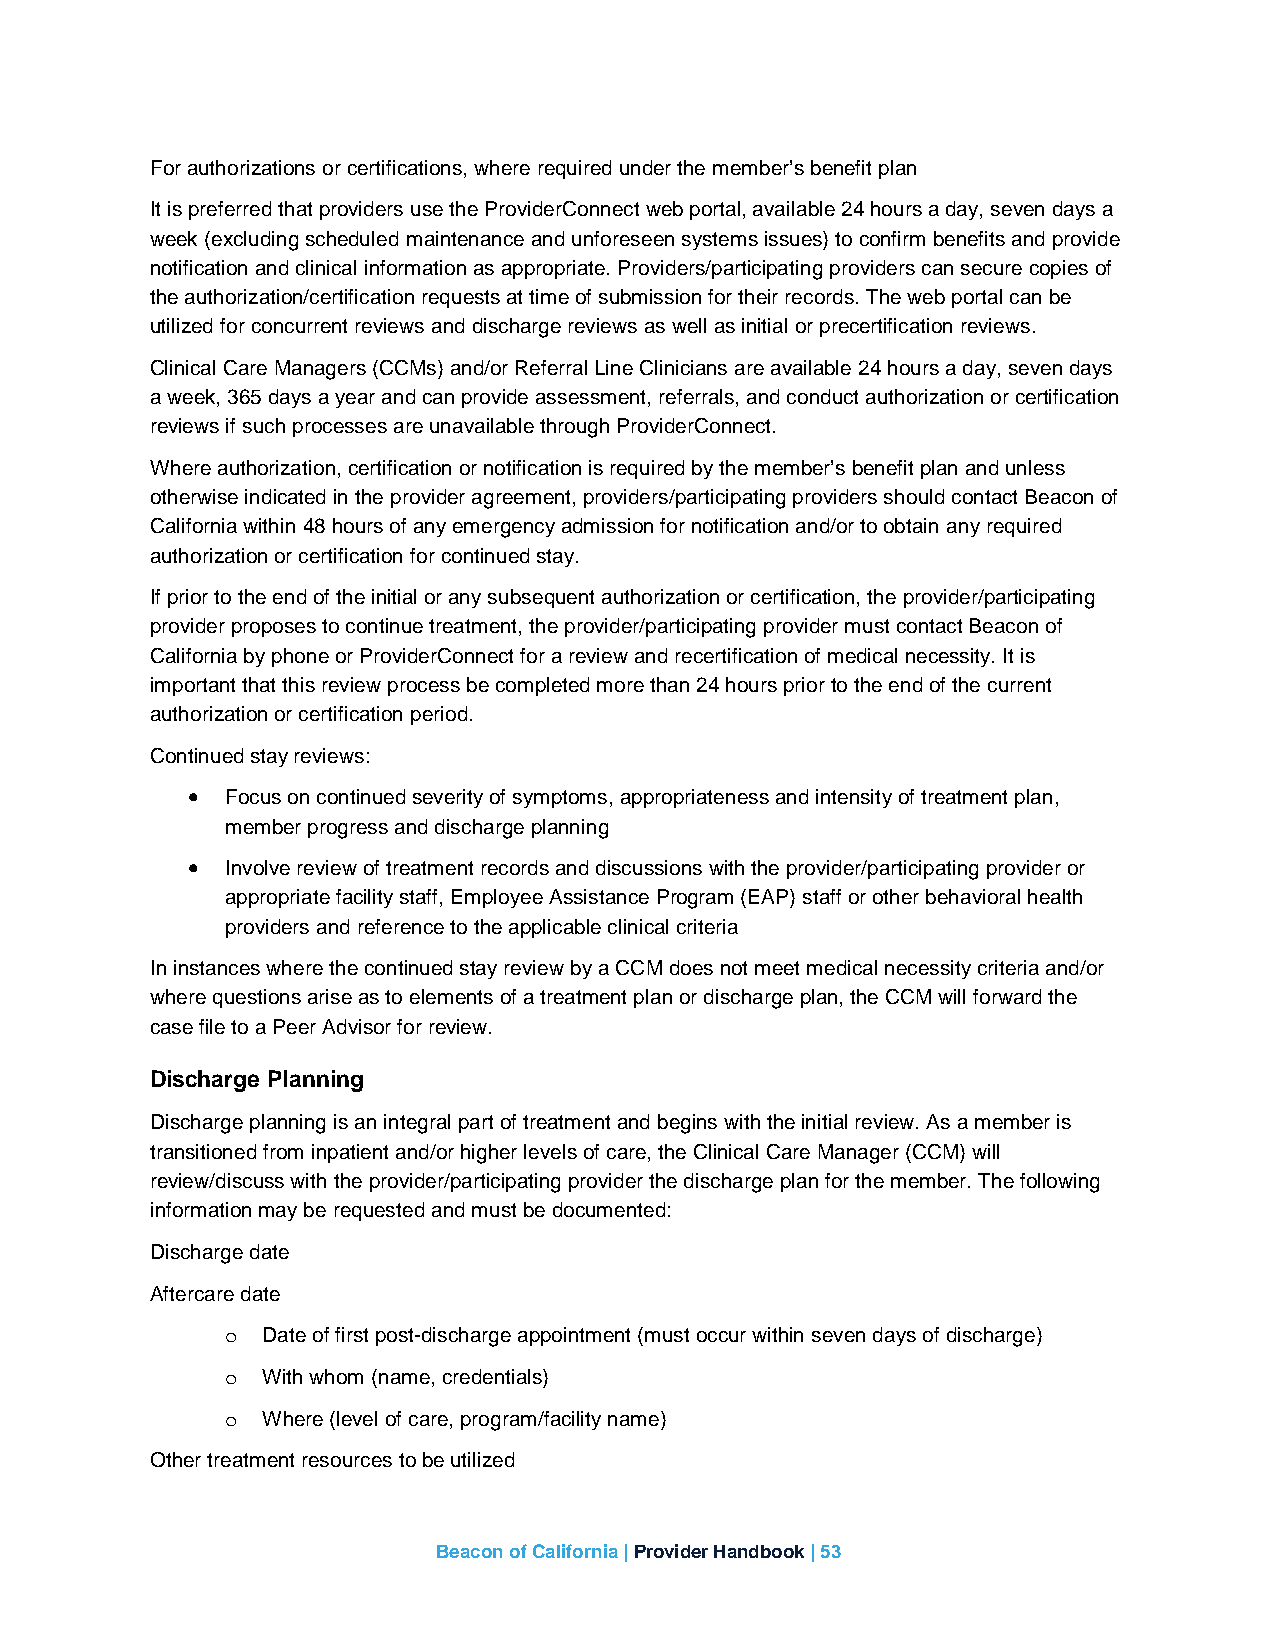
For authorizations or certifications, where required under the member’s benefit plan
 It is preferred that providers use the ProviderConnect web portal, available 24 hours a day, seven days a
 week (excluding scheduled maintenance and unforeseen systems issues) to confirm benefits and provide
 notification and clinical information as appropriate. Providers/participating providers can secure copies of
 the authorization/certification requests at time of submission for their records. The web portal can be
 utilized for concurrent reviews and discharge reviews as well as initial or precertification reviews.
 Clinical Care Managers (CCMs) and/or Referral Line Clinicians are available 24 hours a day, seven days
 a week, 365 days a year and can provide assessment, referrals, and conduct authorization or certification
 reviews if such processes are unavailable through ProviderConnect.
 Where authorization, certification or notification is required by the member’s benefit plan and unless
 otherwise indicated in the provider agreement, providers/participating providers should contact Beacon of
 California within 48 hours of any emergency admission for notification and/or to obtain any required
 authorization or certification for continued stay.
 If prior to the end of the initial or any subsequent authorization or certification, the provider/participating
 provider proposes to continue treatment, the provider/participating provider must contact Beacon of
 California by phone or ProviderConnect for a review and recertification of medical necessity. It is
 important that this review process be completed more than 24 hours prior to the end of the current
 authorization or certification period.
 Continued stay reviews:
 •  Focus on continued severity of symptoms, appropriateness and intensity of treatment plan,
 member progress and discharge planning
 •  Involve review of treatment records and discussions with the provider/participating provider or
 appropriate facility staff, Employee Assistance Program (EAP) staff or other behavioral health
 providers and reference to the applicable clinical criteria
 In instances where the continued stay review by a CCM does not meet medical necessity criteria and/or
 where questions arise as to elements of a treatment plan or discharge plan, the CCM will forward the
 case file to a Peer Advisor for review.
 Discharge Planning
 Discharge planning is an integral part of treatment and begins with the initial review. As a member is
 transitioned from inpatient and/or higher levels of care, the Clinical Care Manager (CCM) will
 review/discuss with the provider/participating provider the discharge plan for the member. The following
 information may be requested and must be documented:
 Discharge date
 Aftercare date
 Date of first post-discharge appointment (must occur within seven days of discharge)
 o
 With whom (name, credentials)
 o
 Where (level of care, program/facility name)
 o
 Other treatment resources to be utilized
 Beacon of California | Provider Handbook | 53